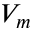
V _ { m }